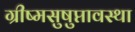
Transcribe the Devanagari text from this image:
ग्रीष्मसुषुप्तावस्था